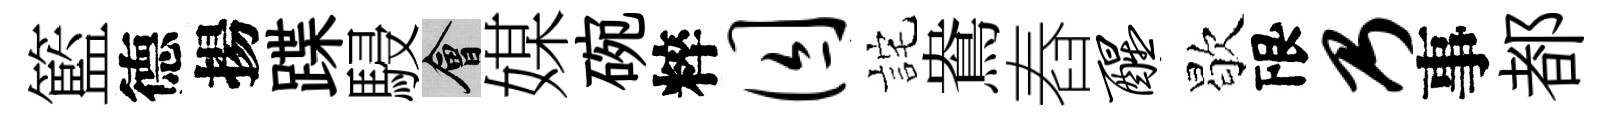
籃德揚蹀駸會媒碗粹囚詫鴦舂醒歇限乃事都